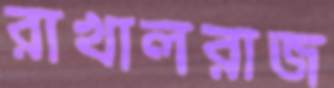
রাখালরাজ